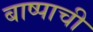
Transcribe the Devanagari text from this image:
बाष्पाची